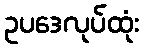
ဥပဒေလုပ်ထုံး